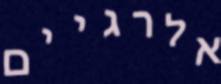
אלרגיים